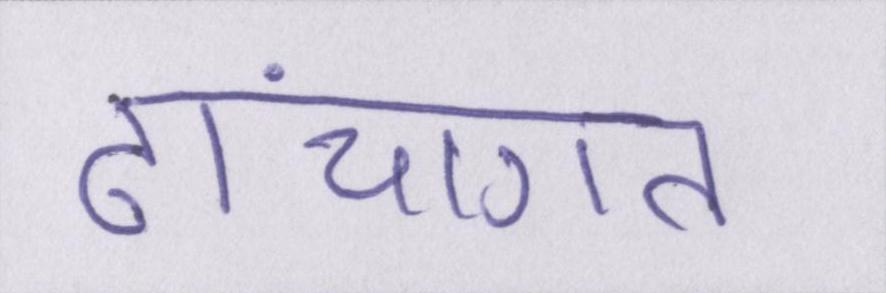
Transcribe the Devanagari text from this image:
ढांचागत